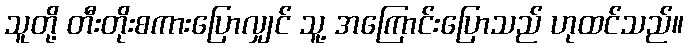
သူတို့ တီးတိုးစကားပြောလျှင် သူ့ အကြောင်းပြောသည် ဟုထင်သည်။